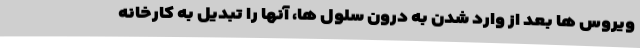
ویروس ها بعد از وارد شدن به درون سلول ها، آنها را تبدیل به کارخانه